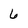
Character: 6